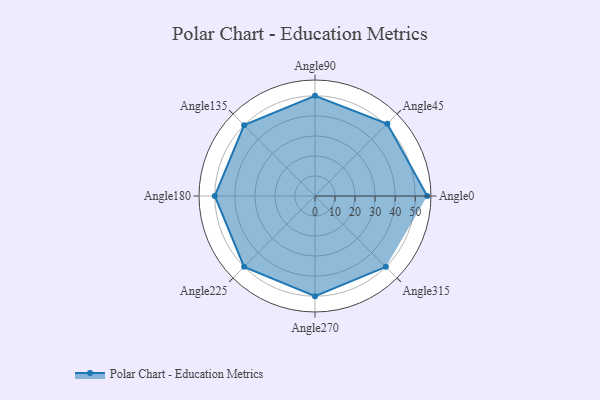
{"axis": {"x": "Angle", "y": "Radius"}, "legend": [""], "data": [{"x": "Angle0", "y": 56.0, "type": ""}, {"x": "Angle45", "y": 51.0, "type": ""}, {"x": "Angle90", "y": 50, "type": ""}, {"x": "Angle135", "y": 50, "type": ""}, {"x": "Angle180", "y": 50, "type": ""}, {"x": "Angle225", "y": 50, "type": ""}, {"x": "Angle270", "y": 50, "type": ""}, {"x": "Angle315", "y": 50, "type": ""}]}